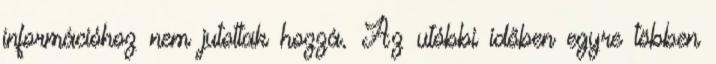
információhoz nem jutottak hozzá. Az utóbbi időben egyre többen